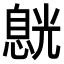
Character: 𠒸